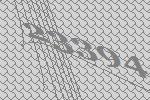
23394